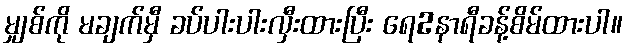
မျှစ်ကို မချက်မှီ ခပ်ပါးပါးလှီးထားပြီး ရေ2နာရီခန့်စိမ်ထားပါ။